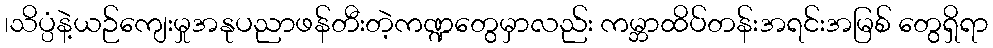
၊သိပ္ပံနဲ့ယဉ်ကျေးမှုအနုပညာဖန်တီးတဲ့ကဏ္ဍတွေမှာလည်း ကမ္ဘာထိပ်တန်းအရင်းအမြစ် တွေရှိရာ